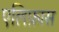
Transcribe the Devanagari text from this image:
एलिफ़ास